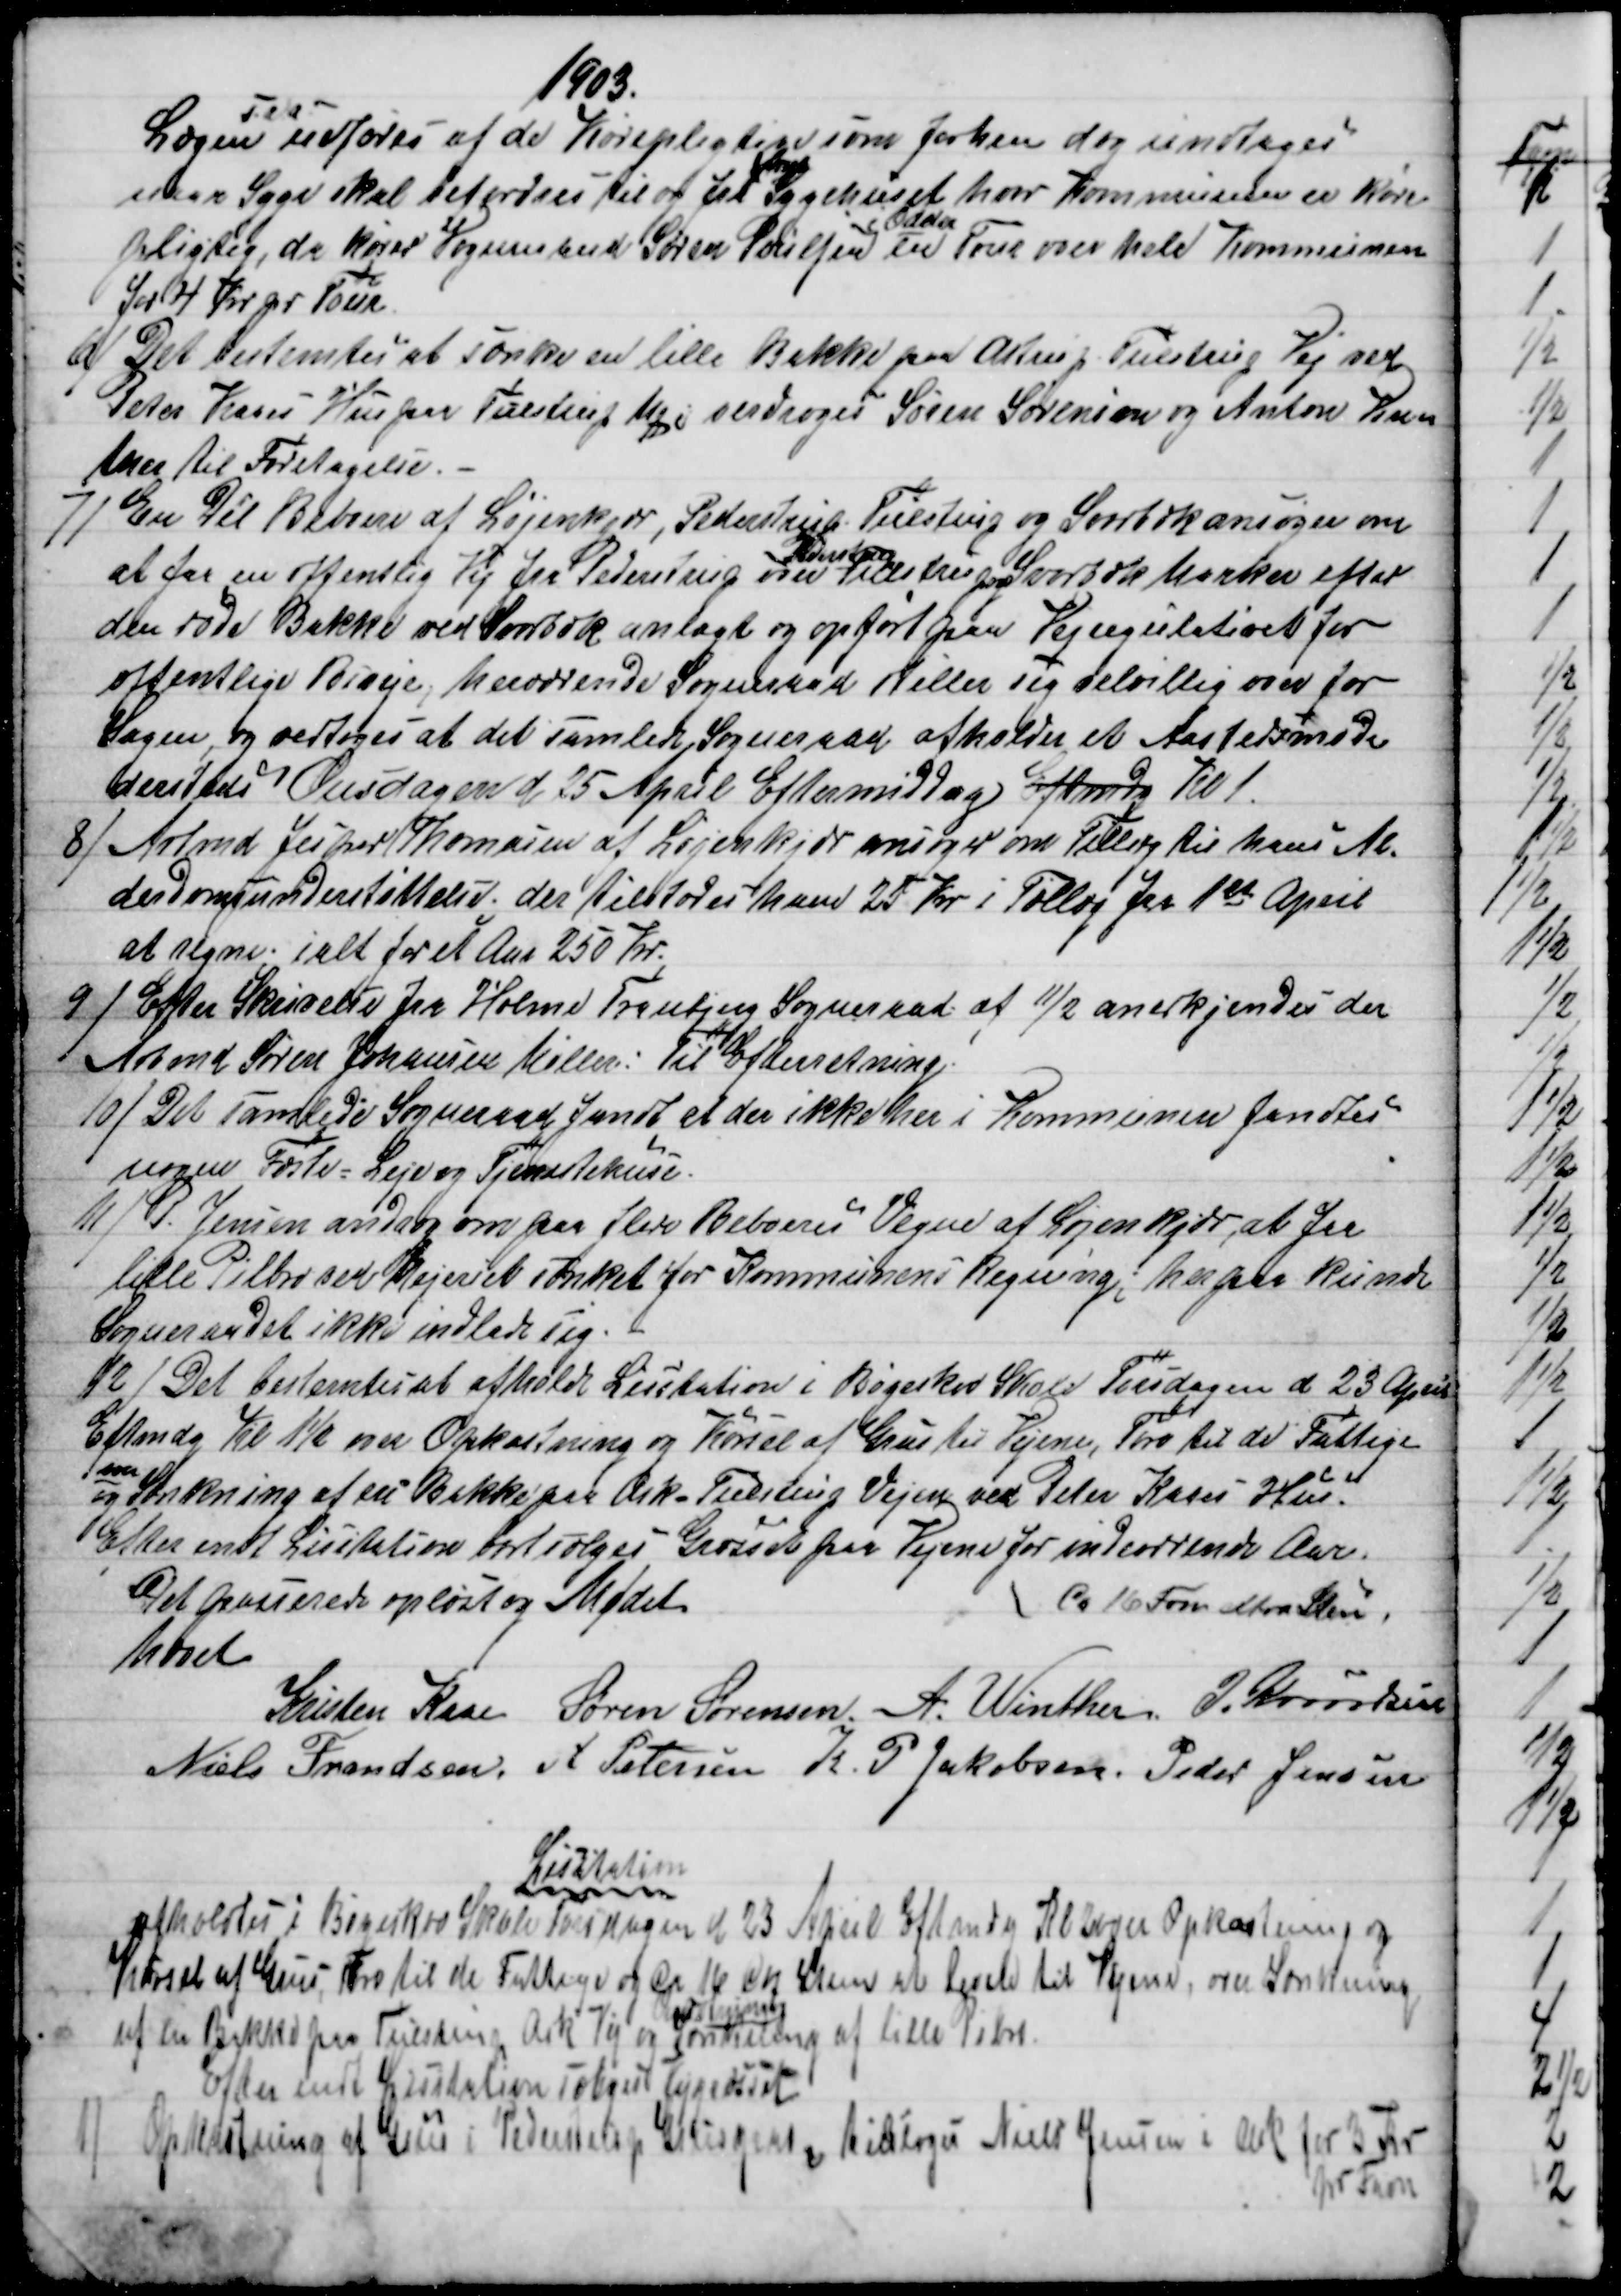
Transskription:
1903.
Lægen 
Til at
udføres af de Kørepligtige som forhen dog undtages
naar Syge skal befordres til og fra 
Amt
Sygehuset hvor Kommunen er køre
pligtig, da kører Vognmand Søren Poulsen 
i Odder
en Tour over hele Kommunen
for 4 Kr pr Tour. 
6)
Det bestemtes at sænke en lille Bakke paa Astrup - Tulstrup Vej ved
Peter Kaaes Hus paa Tulstrup Mq, overdroges Søren Sørensen og Anton Win=
ther til Foretagelse.
7) 
En Del Beboere af Løjenkjær, Pederstrup, Tulstrup og Svorbæk ansøger om
at faa en offentlig Vej fra Pederstrup over 
Pederstrup
Tulstrup og Svorbæk Marker efter
den røde Bakke ved Svorbæk anlagt og opført paa Vejregulativet for
offentlige Biveje, herværende Sogneraad stiller sig velvilig over for
Sagen, og vedtoges at det samlede Sogneraad afholder et Aastedsmøde
dersteds Onsdagen d 25 April Eftermiddag Eftmd Kl 1.
8) 
Arbmd Jesper Thomasen af Løjenkjær ansøger om Tillæg til hans Al-
derdomsunderstøttelse, der tilstodes ham 25 Kr i Tillæg fra 1st April
at regne; ialt for et Aar 250 Kr.
9) 
Efter Skrivelse fra Holme Tranbjerg Sogneraad af 11/2 anerkjendes der
Arbmd Søren Johansen Møller: Til Efterretning.
10) 
Det samlede Sogneraad fandt at der ikke her i Kommunen fandtes
nogen Fæste = Leje og Tjenestehuse.
11)
P. Jensen androg om paa flere Beboeres Vegne af Løjenkjær, at faa
lille Pilbro ved Mejeriet sænket for Kommunens Regning; herpaa kunde
Sogneraadet ikke indlade sig.
12)
Det bestemtes at afholde Licitation i Bøgeskov Skole Tirsdagen d. 23 April
Eftmdg Kl 1½ over Opkastning og Kørsel af Grus til Vejene, Tørv til de Fattige
og 
over
Sænkning af en Bakke paa Ask - Tulstrup Vejen ved Peter Kaaes Hus.
Efter endt Licitation bortsælges Græsset paa Vejene for indeværende Aar.
Ca 16 Fvn extra Sten
Det passerede oplæst og Mødet
hævet
Kristen Kaae
Søren Sørensen. A. Winther J. Knudsen
Niels Frandsen. A Petersen K. P. Jakobsen Peder Jensen
Licitation
afholdtes i Bøgeskov Skole Torsdagen d 23 April Eftmdg Kl 2 over Opkastning og
Kørsel af Grus -Tørv til de Fattige og og Ca. 16 Cf Steen at levere til Vejene, over Sænkning
af en Bakke paa Tulstrup Ask Vej 
Omsætning
Sænkning af lille Pilbro.
Efter endt Lisitation solgtes Vejgræsset
1) Opkastning af Grus i Pederstrup Grusgrav, tilsloges Niels Jensen i Ask for 3 Kr
pr Favn.